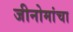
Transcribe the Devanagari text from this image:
जीनोमांचा